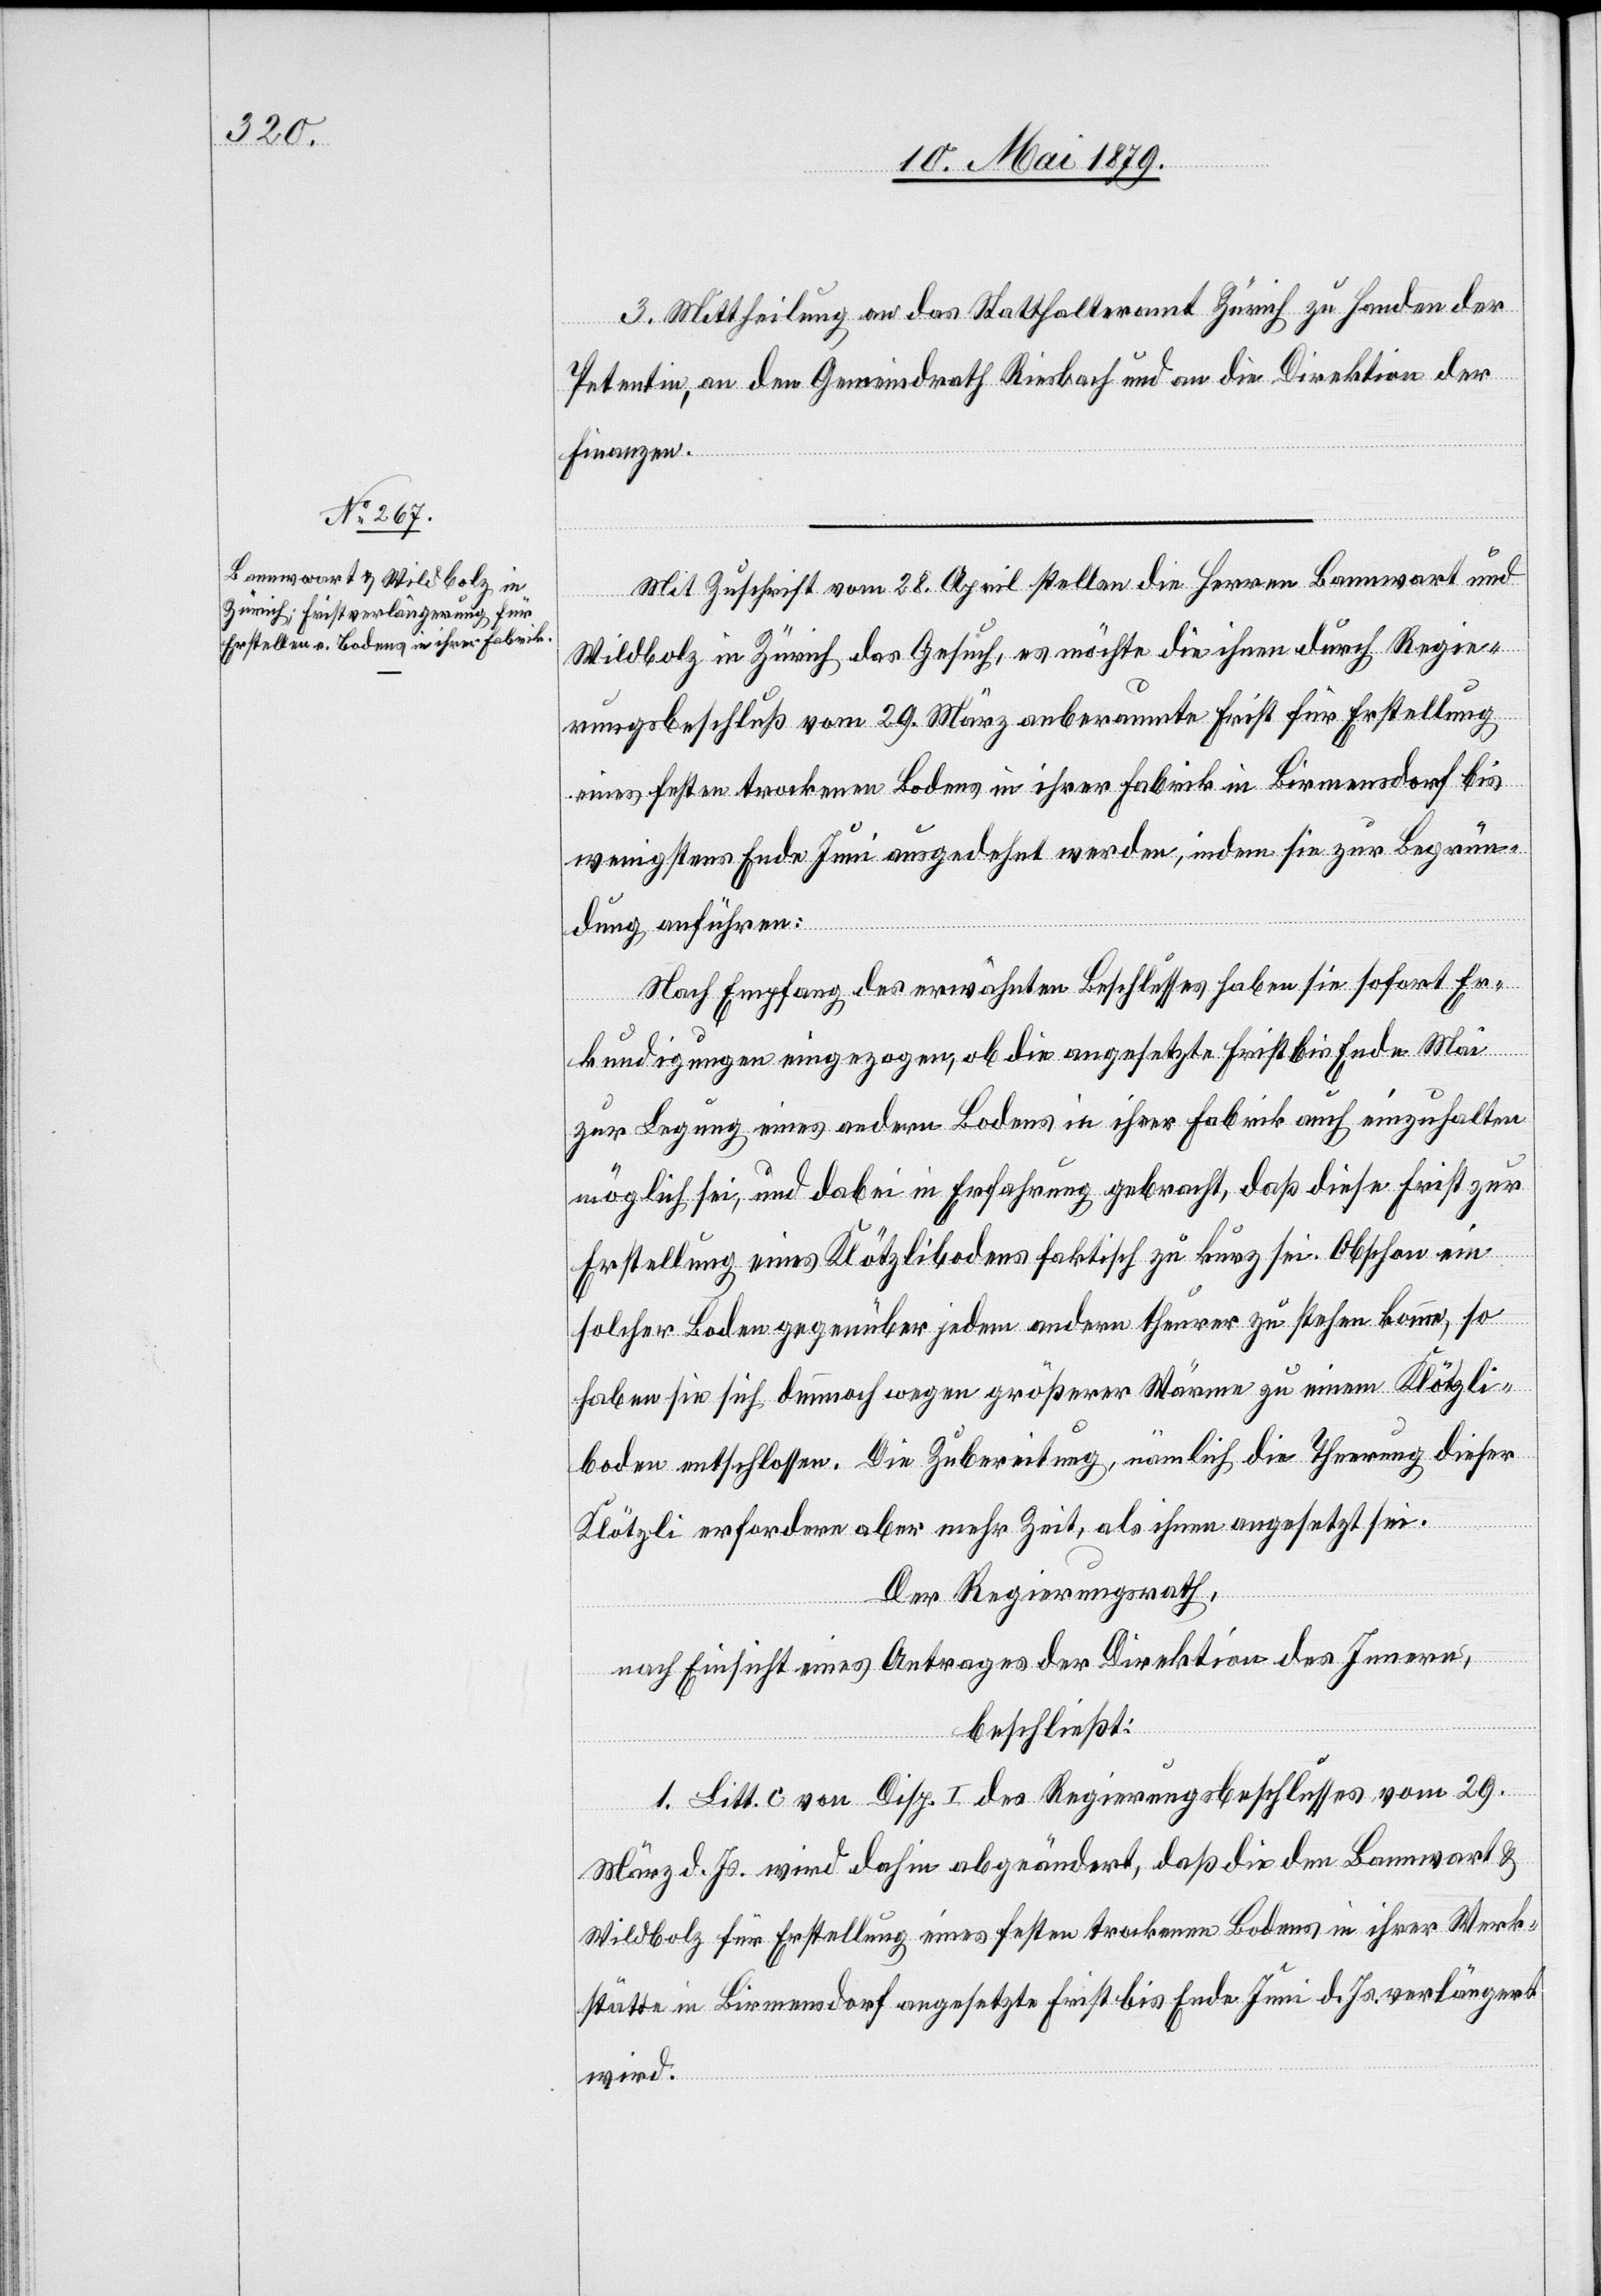
3. Mittheilung an das Statthalteramt Zürich zu Handen der
Petentin, an den Gemeindrath Riesbach und an die Direktion der
Finanzen.
Mit Zuschrift vom 28. April stellen die Herren Bannwart
Wildbolz in Zürich das Gesuch, es möchte die ihnen durch Regie¬
rungsbeschluß vom 29. März anberaumte Frist für Erstellung
eines festen trockenen Bodens in ihrer Fabrik in Birmensdorf bis
wenigstens Ende Juni ausgedehnt werden, indem sie zur Begrün¬
dung anführen:
Nach Empfang des erwähnten Beschlusses haben sie sofort Er¬
kundigungen eingezogen, ob die angesetzte Frist bis Ende Mai
zur Legung eines andern Bodens in ihrer Fabrik auch einzuhalten
möglich sei, und dabei in Erfahrung gebracht, daß diese Frist zur
Erstellung eines Klötzlibodens faktisch zu kurz sei. Obschon ein
solcher Boden gegenüber jedem andern theurer zu stehen komme, so
haben sie sich dennnoch wegen größerer Wärme zu einem Klötzli¬
boden entschlossen. Die Zubereitung, nämlich die Theerung dieser
Klötzli erfordere aber mehr Zeit, als ihnen angesetzt sei.
Der Regierungsrath,
nach Einsicht eines Antrages der Direktion des Innern,
beschließt:
1. Litt. c von Disp. I des Regierungsbeschlusses vom 29.
März d. Js. wird dahin abgeändert, daß die den Bannwart &
Wildbolz für Erstellung eines festen trockenen Bodens in ihrer Werk¬
stätte in Birmensdorf angesetzte Frist bis Ende Juni d. Js. verlängert
wird.